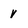
Character: v